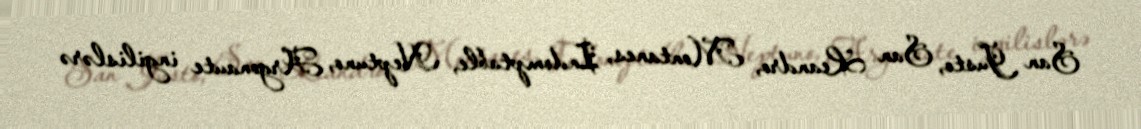
San Justo, San Leandro, Montanes, Indomptable, Neptuno, Argonaute ingilislərə